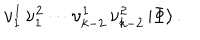
\nu _ { 1 } ^ { 1 } \, \nu _ { 1 } ^ { 2 } \cdots \nu _ { k - 2 } ^ { 1 } \, \nu _ { k - 2 } ^ { 2 } \, \vert \Phi \rangle \, .